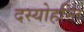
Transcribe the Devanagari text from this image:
दस्योहन्ति